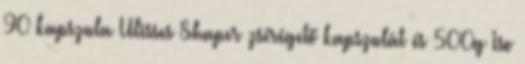
90 kapszula Ulisses Shaper zsírégető kapszulát és 500g Iso